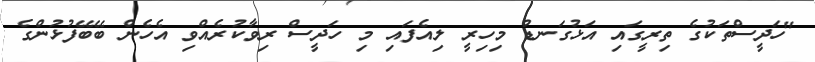
"ހަދީސްތަކުގެ ތިރީގައި އަޅުގަނޑު މިހިރީ ލިއެފައި މި ހަދީސް ރިވާކުރެއްވި އެހެން ބޭބޭފުޅުންގެ